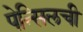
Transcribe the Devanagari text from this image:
पेन्सिलची